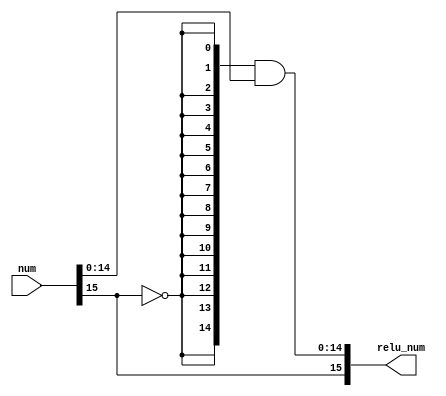
/* A collection of hardware modules implementing the Rectified Linear Unit
    (ReLU) function, common in artificial neural networks and deep learning.
*/


/* A width-parameterized implementation. Doesn't matter if input is 16-bit, 32-bit,
    etc., as long as WIDTH parameter is correctly set.
    By default, uses the IEEE 754 floating point standards, with the leftmost
    bit (index WIDTH - 1) being the sign bit.
*/
module relu_width_parameterized #(
    parameter WIDTH = 16
) (
    input [WIDTH-1:0] num,
    output reg[WIDTH-1:0] relu_num
);

always @(num) begin
    relu_num = {num[WIDTH-1:WIDTH-1], ({(WIDTH-1){~num[WIDTH-1]}} & num[WIDTH-2:0])};
end

endmodule